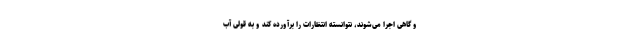
و گاهی اجرا می‌شوند، نتوانسته انتظارات را برآورده کند و به قولی آب